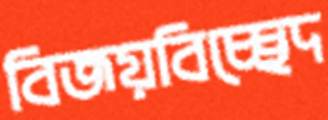
বিজয়বিচ্ছেদ